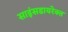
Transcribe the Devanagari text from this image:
साइंसडायरेक्त